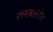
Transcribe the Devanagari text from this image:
रूमबाहेरील